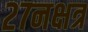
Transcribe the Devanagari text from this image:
२७नक्षत्र